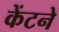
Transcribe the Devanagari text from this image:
केंटने